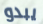
يبدو